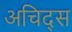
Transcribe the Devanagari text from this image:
अचिद्स